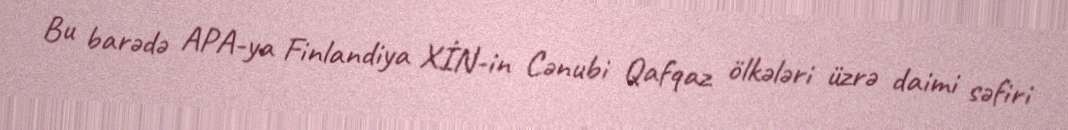
Bu barədə APA-ya Finlandiya XİN-in Cənubi Qafqaz ölkələri üzrə daimi səfiri